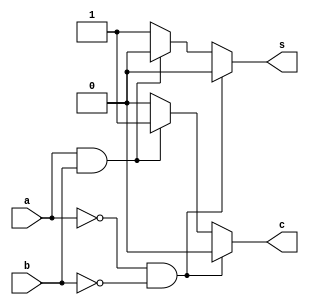
`timescale 1ns / 1ps
//////////////////////////////////////////////////////////////////////////////////
// Company: 
// Engineer: 
// 
// Design Name: 
// Module Name:    bhalfadd 
// Project Name: 
// Target Devices: 
// Tool versions: 
// Description: 
//
// Dependencies: 
//
// Revision: 
// Revision 0.01 - File Created
// Additional Comments: 
//
//////////////////////////////////////////////////////////////////////////////////
module bhalfadd(
    input a,
    input b,
    output reg s,
    output reg c
    );
	 always @(a or b) begin
	    if (a==1'b0 && b==1'b0) begin
		    s=1'b0 ;
			 c=1'b0;
		 end 
		 else if (a==1'b1 && b==1'b1) begin
		    s=1'b0;
			 c=1'b1;
		 end 
		 else begin
		    s=1'b1;
			 c=1'b0;
		 end
	 end
		
endmodule